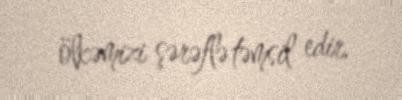
ölkəmizi şərəflə təmsil edir.